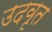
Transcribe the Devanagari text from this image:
उदवृत